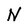
Character: N